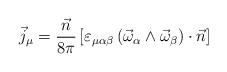
LaTeX: \begin{align*}\vec j_\mu = \frac{\vec n}{8\pi}\left[\varepsilon_{\mu\alpha\beta}\left(\vec\omega_\alpha\wedge\vec \omega_\beta\right)\cdot\vec n\right]\end{align*}